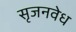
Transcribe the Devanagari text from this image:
सृजनवेध